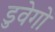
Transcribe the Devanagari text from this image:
डुवेगो